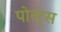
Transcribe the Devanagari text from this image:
पोत्ट्स